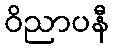
ဝိညာပနီ